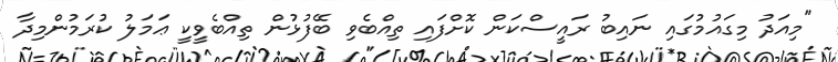
"މިއަދު މިގައުމުގައި ނައިބު ރައީސްކަން ކޮށްފައި ތިއްބެވި ބޭފުޅުން ތިއްބެވީކީ ޢަމަލު ކުރަމުންމިދާ